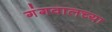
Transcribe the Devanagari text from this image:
गंगवालच्या